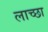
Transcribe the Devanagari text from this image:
लाच्छा